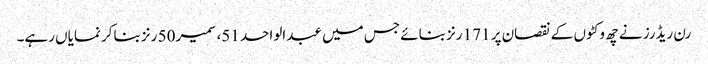
رن ریڈرز نے چھ وکٹوں کے نقصان پر 171 رنز بنائے جس میں عبدالواحد 51، سمیر 50 رنز بناکر نمایاں رہے۔